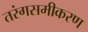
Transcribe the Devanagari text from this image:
तरंगसमीकरण